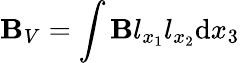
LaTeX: \mathbf{B}_{V}=\int{\mathbf{B}l_{x_{1}}l_{x_{2}}\mathrm{{d}}x_{3}}